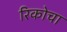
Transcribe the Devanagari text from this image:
रिकोचा